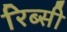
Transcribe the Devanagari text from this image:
रिब्सी